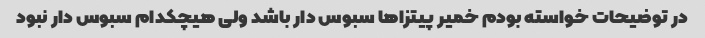
در توضیحات خواسته بودم خمیر پیتزا‌ها سبوس دار باشد ولی هیچکدام سبوس دار نبود